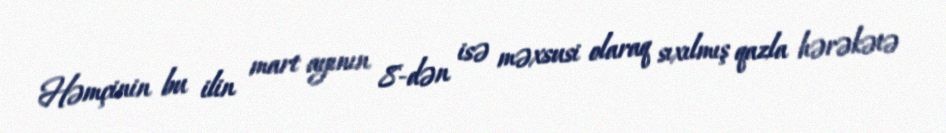
Həmçinin bu ilin mart ayının 8-dən isə məxsusi olaraq sıxılmış qazla hərəkətə